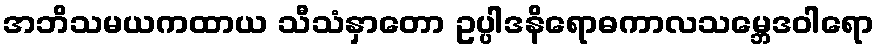
အဘိသမယကထာယ သီသံနှာတော ဥပ္ပါဒနိရောဓကာလသမ္ဘေဒဝါရော